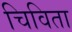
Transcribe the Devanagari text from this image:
चिविता